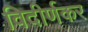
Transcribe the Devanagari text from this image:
विदीर्णकर